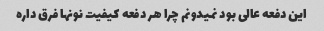
این دفعه عالی بود نمیدونم چرا هر دفعه کیفیت نونها فرق داره